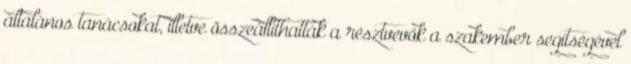
általános tanácsokat, illetve összeállíthatták a résztvevők a szakember segítségével